Madras plague regulations in force outside the Presidency town - Volume 2
Disease focus: Plague
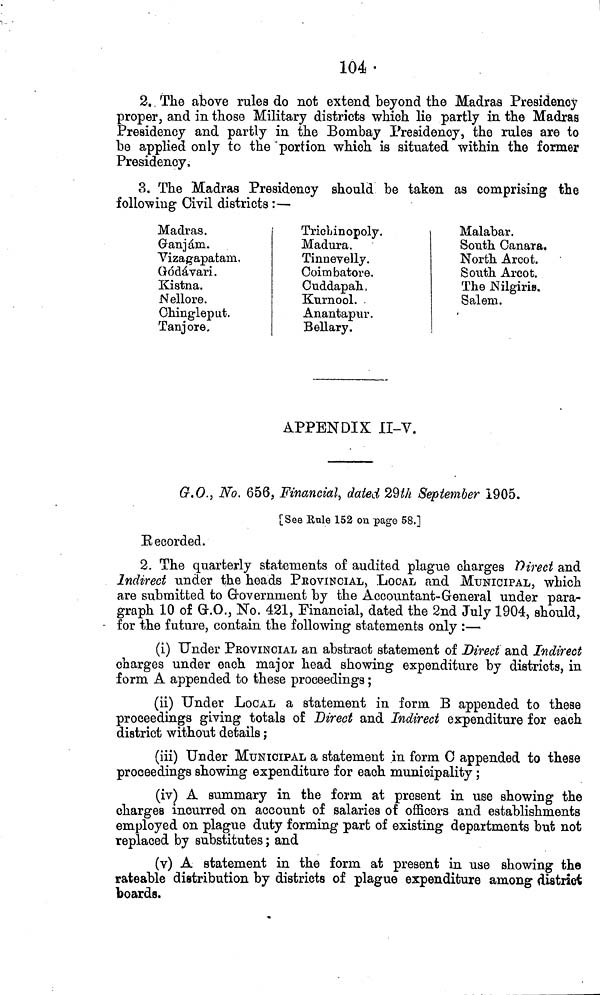
104.
2. The above rules do not extend beyond the Madras Presidency
proper, and in those Military districts which lie partly in the Madras
Presidency and partly in the Bombay Presidency, the rules are to
be applied only to the "portion which is situated within the former
Presidency,
3. The Madras Presidency should be taken as comprising the
following Civil districts :—
Madras.
Ganjám.
Vizagapatam,
Gódávari.
Kistna.
Nellore.
Chingleput.
Tanjore.
Trichinopoly.
Madura.
Tinnevelly.
Coimbatore.
Cuddapah,
Kurnool.
Anantapur.
Bellary.
Malabar.
South Canara.
North Arcot.
South Arcot.
The Nilgiris.
Salem.
APPENDIX II-V.
G.O., No, 656, Financial, dated 29th September 1905.
[See Rule 152 on page 58.]
Recorded.
2. The quarterly statements of audited plague charges Direct and
Indirect under the heads PROVINCIAL, LOCAL and MUNICIPAL, which
are submitted to Government by the Accountant-General under para-
graph 10 of G.O., No. 421, Financial, dated the 2nd July 1904, should,
- for the future, contain the following statements only :—
(i) Under PROVINCIAL an abstract statement of Direct and Indirect
charges under each major head showing expenditure by districts, in
form A appended to these proceedings ;
(ii) Under LOCAL a statement in form B appended to these
proceedings giving totals of Direct and Indirect expenditure for each
district without details ;
(iii) Under MUNICIPAL a statement in form 0 appended to these
proceedings showing expenditure for each municipality ;
(iv) A summary in the form at present in use showing the
charges incurred on account of salaries of officers and establishments
employed on plague duty forming part of existing departments but not
replaced by substitutes ; and
(v) A statement in the form at present in use showing the
rateable distribution by districts of plague expenditure among district
boards.